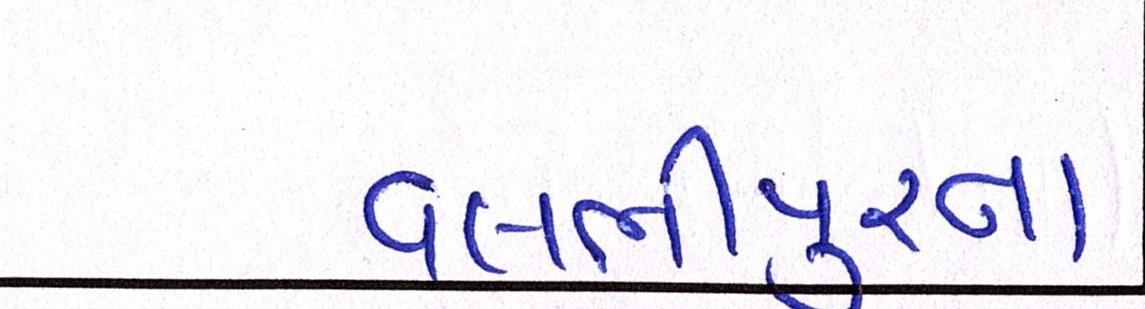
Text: વલભીપુરના